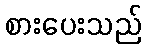
စားပေးသည်